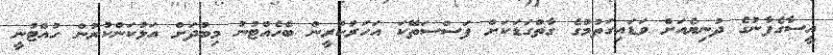
އީސާގެފާނުގެ ދުނިޔެއަށް ވަޑައިގަތުމުގެ ގާތްގަޑަކަށް ފަސްސަތޭކަ އަހަރުކުރީން ބެހެއްޓުނު މިބުދަށް އަޅުކަންކުރުން ހުއްޓުނީ